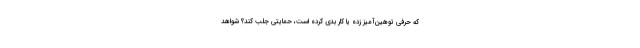
که حرفی توهین‌آمیز زده یا کار بدی کرده است، حمایتی جلب کند؟ شواهدِ